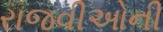
રાજવીઓની